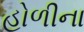
હોળીના